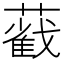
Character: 𦿐